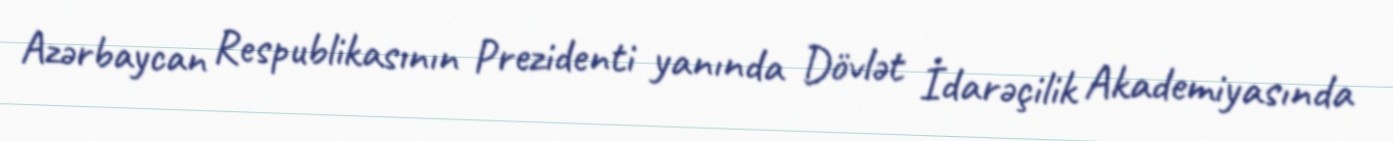
Azərbaycan Respublikasının Prezidenti yanında Dövlət İdarəçilik Akademiyasında